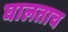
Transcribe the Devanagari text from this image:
घालताच